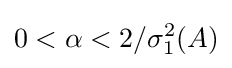
0<\alpha <2/\sigma _{1}^{2}(A)